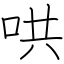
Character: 哄